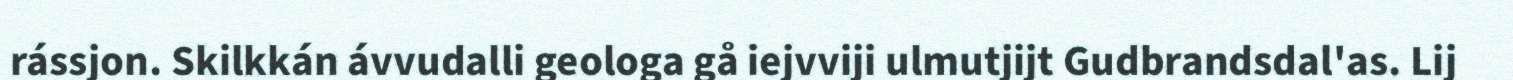
rássjon. Skilkkán ávvudalli geologa gå iejvviji ulmutjijt Gudbrandsdal'as. Lij